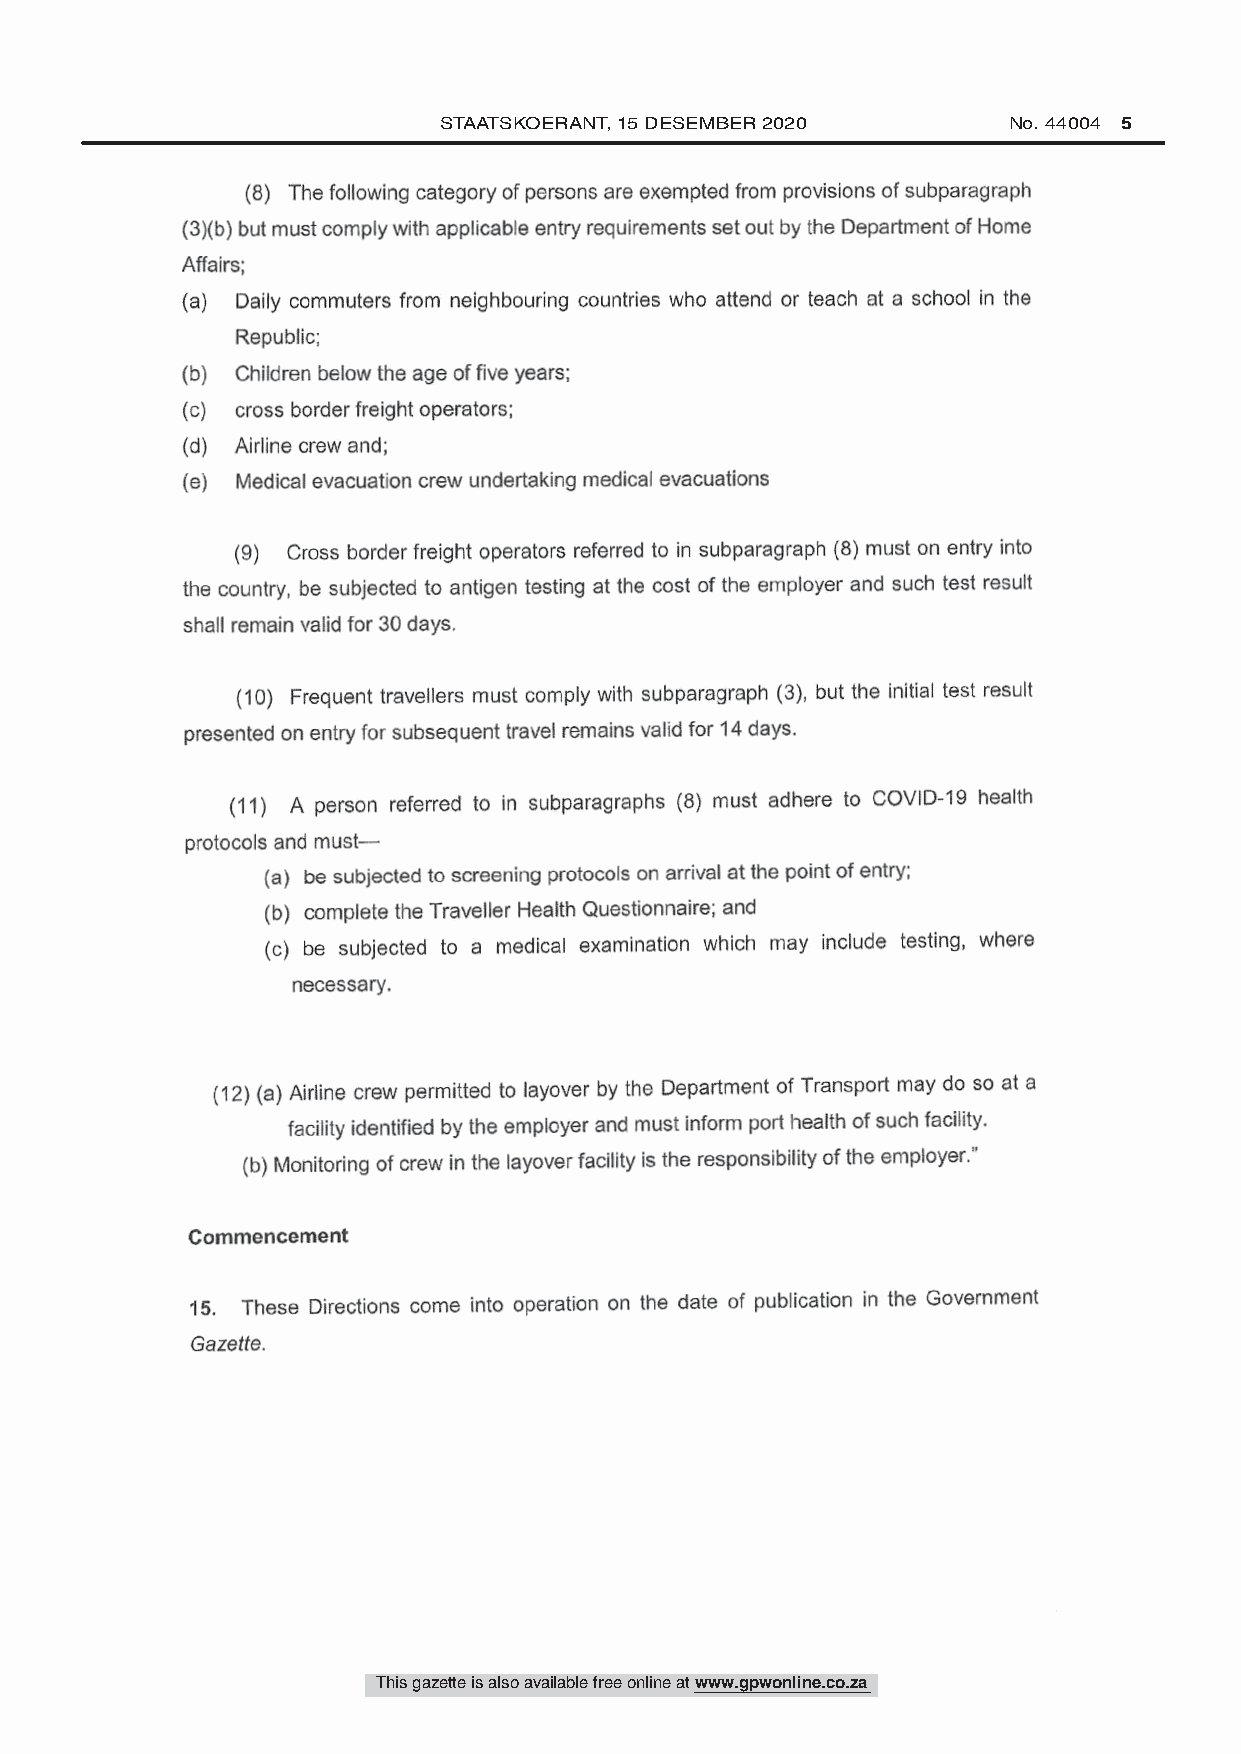
STAATSKOERANT, 15 DESEMBER 2020       No. 44004 5
 (8) The following category of persons are exempted from provisions of subparagraph
 (3)(b) but must comply with applicable entry requirements set out by the Department of Home
 Affairs;
 (a) Daily commuters from neighbouring countries who attend or teach at a school in the
 Republic;
 (b) Children below the age of five years;
 (c) cross border freight operators;
 (d) Airline crew and;
 (e) Medical evacuation crew undertaking medical evacuations
 subparagraph (8) must on entry into
 (9) Cross border freight operators referred to in
 the country, be subjected to antigen testing at the cost of the employer and such test result
 shall remain valid for 30 days.
 subparagraph (3), but the initial test result
 (10) Frequent travellers must comply with
 presented on entry for subsequent travel remains valid for 14 days.
 (8) must adhere to COVID -19 health
 (11) A person referred to in subparagraphs
 protocols and must -
 (a) be subjected to screening protocols on arrival at the point of entry;
 (b) complete the Traveller Health Questionnaire; and
 (c) be subjected to a medical examination which may include testing, where
 necessary.
 may do so at a
 layover by the Department of Transport
 (12) (a) Airline crew permitted to
 must inform port health of such facility.
 facility identified by the employer and
 (b) Monitoring of crew in the layover facility is the responsibility of the employer."
 Commencement
 the date of publication in the Government
 These Directions come into operation on
 15.
 Gazette.
 3
 This gazette is also available free online at www.gpwonline.co.za